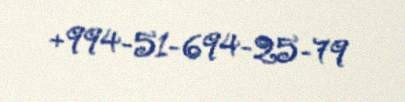
+994-51-694-25-79